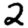
Digit: 2